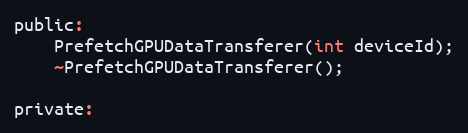
Language: C
public:
    PrefetchGPUDataTransferer(int deviceId);
    ~PrefetchGPUDataTransferer();

private: